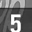
Digit: 5